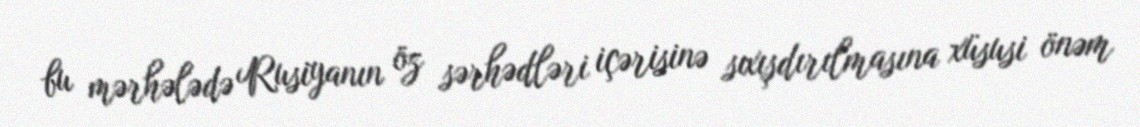
bu mərhələdə Rusiyanın öz sərhədləri içərisinə sıxışdırılmasına xüsusi önəm